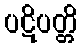
ပဋိပတ္တိ